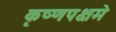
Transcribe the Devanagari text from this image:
कृष्णपक्षमे